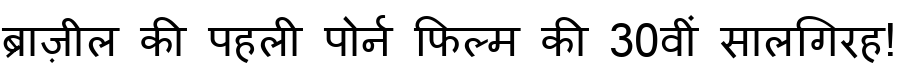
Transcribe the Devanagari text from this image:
ब्राज़ील की पहली पोर्न फिल्म की 30वीं सालगिरह!